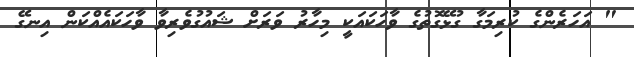
" އަހަރެންގެ ކުރިމަގާ ގުޅޭގޮތުގެ ވާހަކައަކީ މިހާރު ވަރަށް ޝައުގުވެރިވާ ވާހަކައެއްކަން އިނގޭ